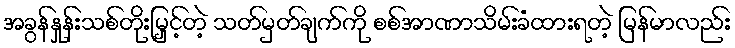
အခွန်နှုန်းသစ်တိုးမြှင့်တဲ့ သတ်မှတ်ချက်ကို စစ်အာဏာသိမ်းခံထားရတဲ့ မြန်မာလည်း